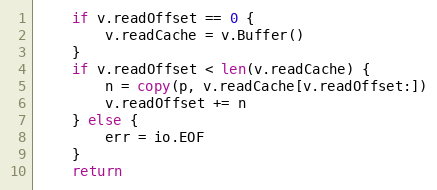
Language: Go
	if v.readOffset == 0 {
		v.readCache = v.Buffer()
	}
	if v.readOffset < len(v.readCache) {
		n = copy(p, v.readCache[v.readOffset:])
		v.readOffset += n
	} else {
		err = io.EOF
	}
	return